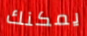
يمكنك